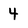
Character: 4